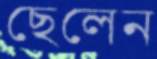
ছেলেন